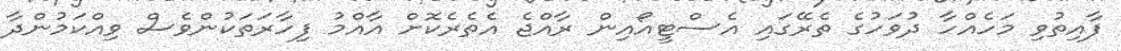
ފާއިތުވި މަހެއްހާ ދުވަހުގެ ތެރޭގައި އެސްޓީއޯއިން ރާއްޖެ އެތެރެކޮށް އާއްމު ފިހާރަތަކުންވެސް ވިއްކަމުންދާ